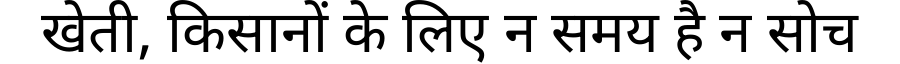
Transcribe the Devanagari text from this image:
खेती, किसानों के लिए न समय है न सोच